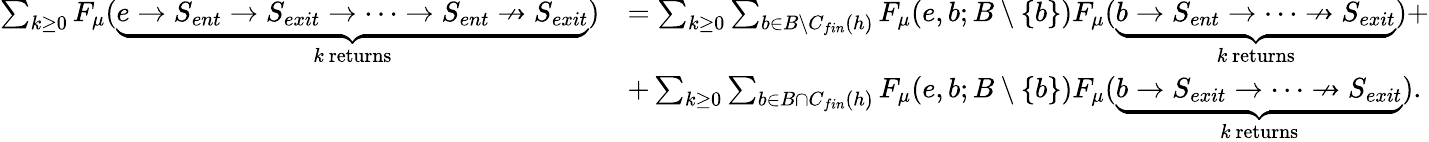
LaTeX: \begin{array}{rl}{\sum_{k\ge 0}F_{\mu}(\underbrace{e\rightarrow S_{ent}\rightarrow S_{exit}\rightarrow\dots\rightarrow S_{ent}\nrightarrow S_{exit}}_{k\mathrm{~returns}})}&{=\sum_{k\ge 0}\sum_{b\in B\setminus C_{fin}(h)}F_{\mu}(e,b;B\setminus\{ b\} )F_{\mu}(\underbrace{b\rightarrow S_{ent}\rightarrow\dots\nrightarrow S_{exit}}_{k\mathrm{~returns}})+}\\ &{+\sum_{k\ge 0}\sum_{b\in B\cap C_{fin}(h)}F_{\mu}(e,b;B\setminus\{ b\} )F_{\mu}(\underbrace{b\rightarrow S_{exit}\rightarrow\dots\nrightarrow S_{exit}}_{k\mathrm{~returns}}).}\end{array}